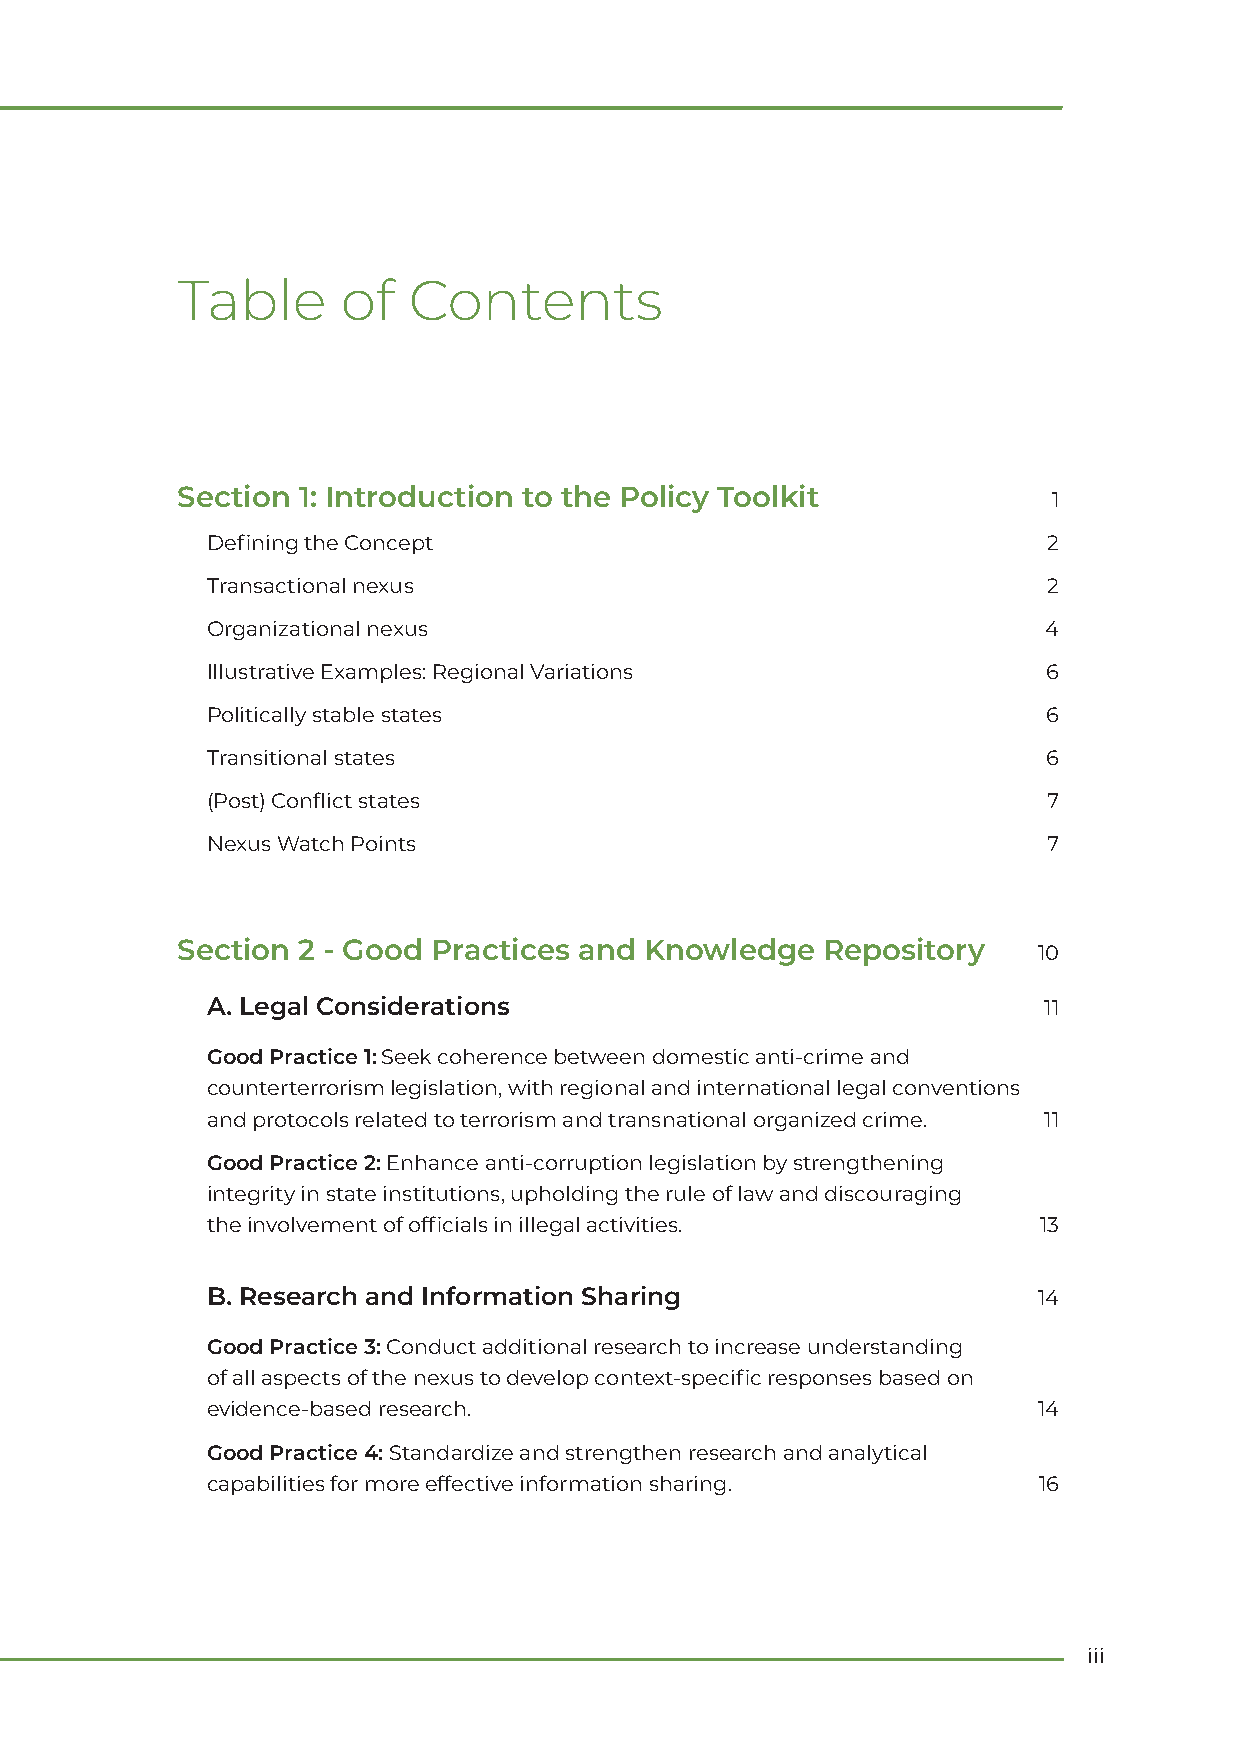
Table      of  Contents
 Section 1: Introduction to the Policy Toolkit             1
 Defining the Concept                                   2
 Transactional nexus                                    2
 Organizational nexus                                   4
 Illustrative Examples: Regional Variations             6
 Politically stable states                              6
 Transitional states                                    6
 (Post) Conflict states                                 7
 Nexus Watch Points                                     7
 Section 2 - Good Practices and Knowledge  Repository     10
 A. Legal Considerations                                11
 Good Practice 1: Seek coherence between domestic anti-crime and
 counterterrorism legislation, with regional and international legal conventions
 and protocols related to terrorism and transnational organized crime. 11
 Good Practice 2: Enhance anti-corruption legislation by strengthening
 integrity in state institutions, upholding the rule of law and discouraging
 the involvement of officials in illegal activities.    13
 B. Research and Information Sharing                    14
 Good Practice 3: Conduct additional research to increase understanding
 of all aspects of the nexus to develop context-specific responses based on
 evidence-based research.                               14
 Good Practice 4: Standardize and strengthen research and analytical
 capabilities for more effective information sharing.   16
 iii